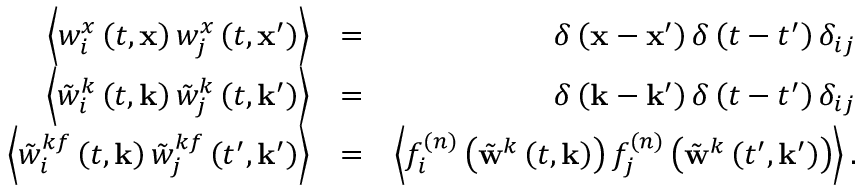
\begin{array} { r l r } { \left\langle w _ { i } ^ { x } \left( t , \mathbf { x } \right) w _ { j } ^ { x } \left( t , \mathbf { x } ^ { \prime } \right) \right\rangle } & { = } & { \delta \left( \mathbf { x } - \mathbf { x } ^ { \prime } \right) \delta \left( t - t ^ { \prime } \right) \delta _ { i j } } \\ { \left\langle \tilde { w } _ { i } ^ { k } \left( t , \mathbf { k } \right) \tilde { w } _ { j } ^ { k } \left( t , \mathbf { k } ^ { \prime } \right) \right\rangle } & { = } & { \delta \left( \mathbf { k } - \mathbf { k } ^ { \prime } \right) \delta \left( t - t ^ { \prime } \right) \delta _ { i j } } \\ { \left\langle \tilde { w } _ { i } ^ { k f } \left( t , \mathbf { k } \right) \tilde { w } _ { j } ^ { k f } \left( t ^ { \prime } , \mathbf { k } ^ { \prime } \right) \right\rangle } & { = } & { \left\langle f _ { i } ^ { ( n ) } \left( \tilde { \mathbf { w } } ^ { k } \left( t , \mathbf { k } \right) \right) f _ { j } ^ { ( n ) } \left( \tilde { \mathbf { w } } ^ { k } \left( t ^ { \prime } , \mathbf { k } ^ { \prime } \right) \right) \right\rangle . } \end{array}